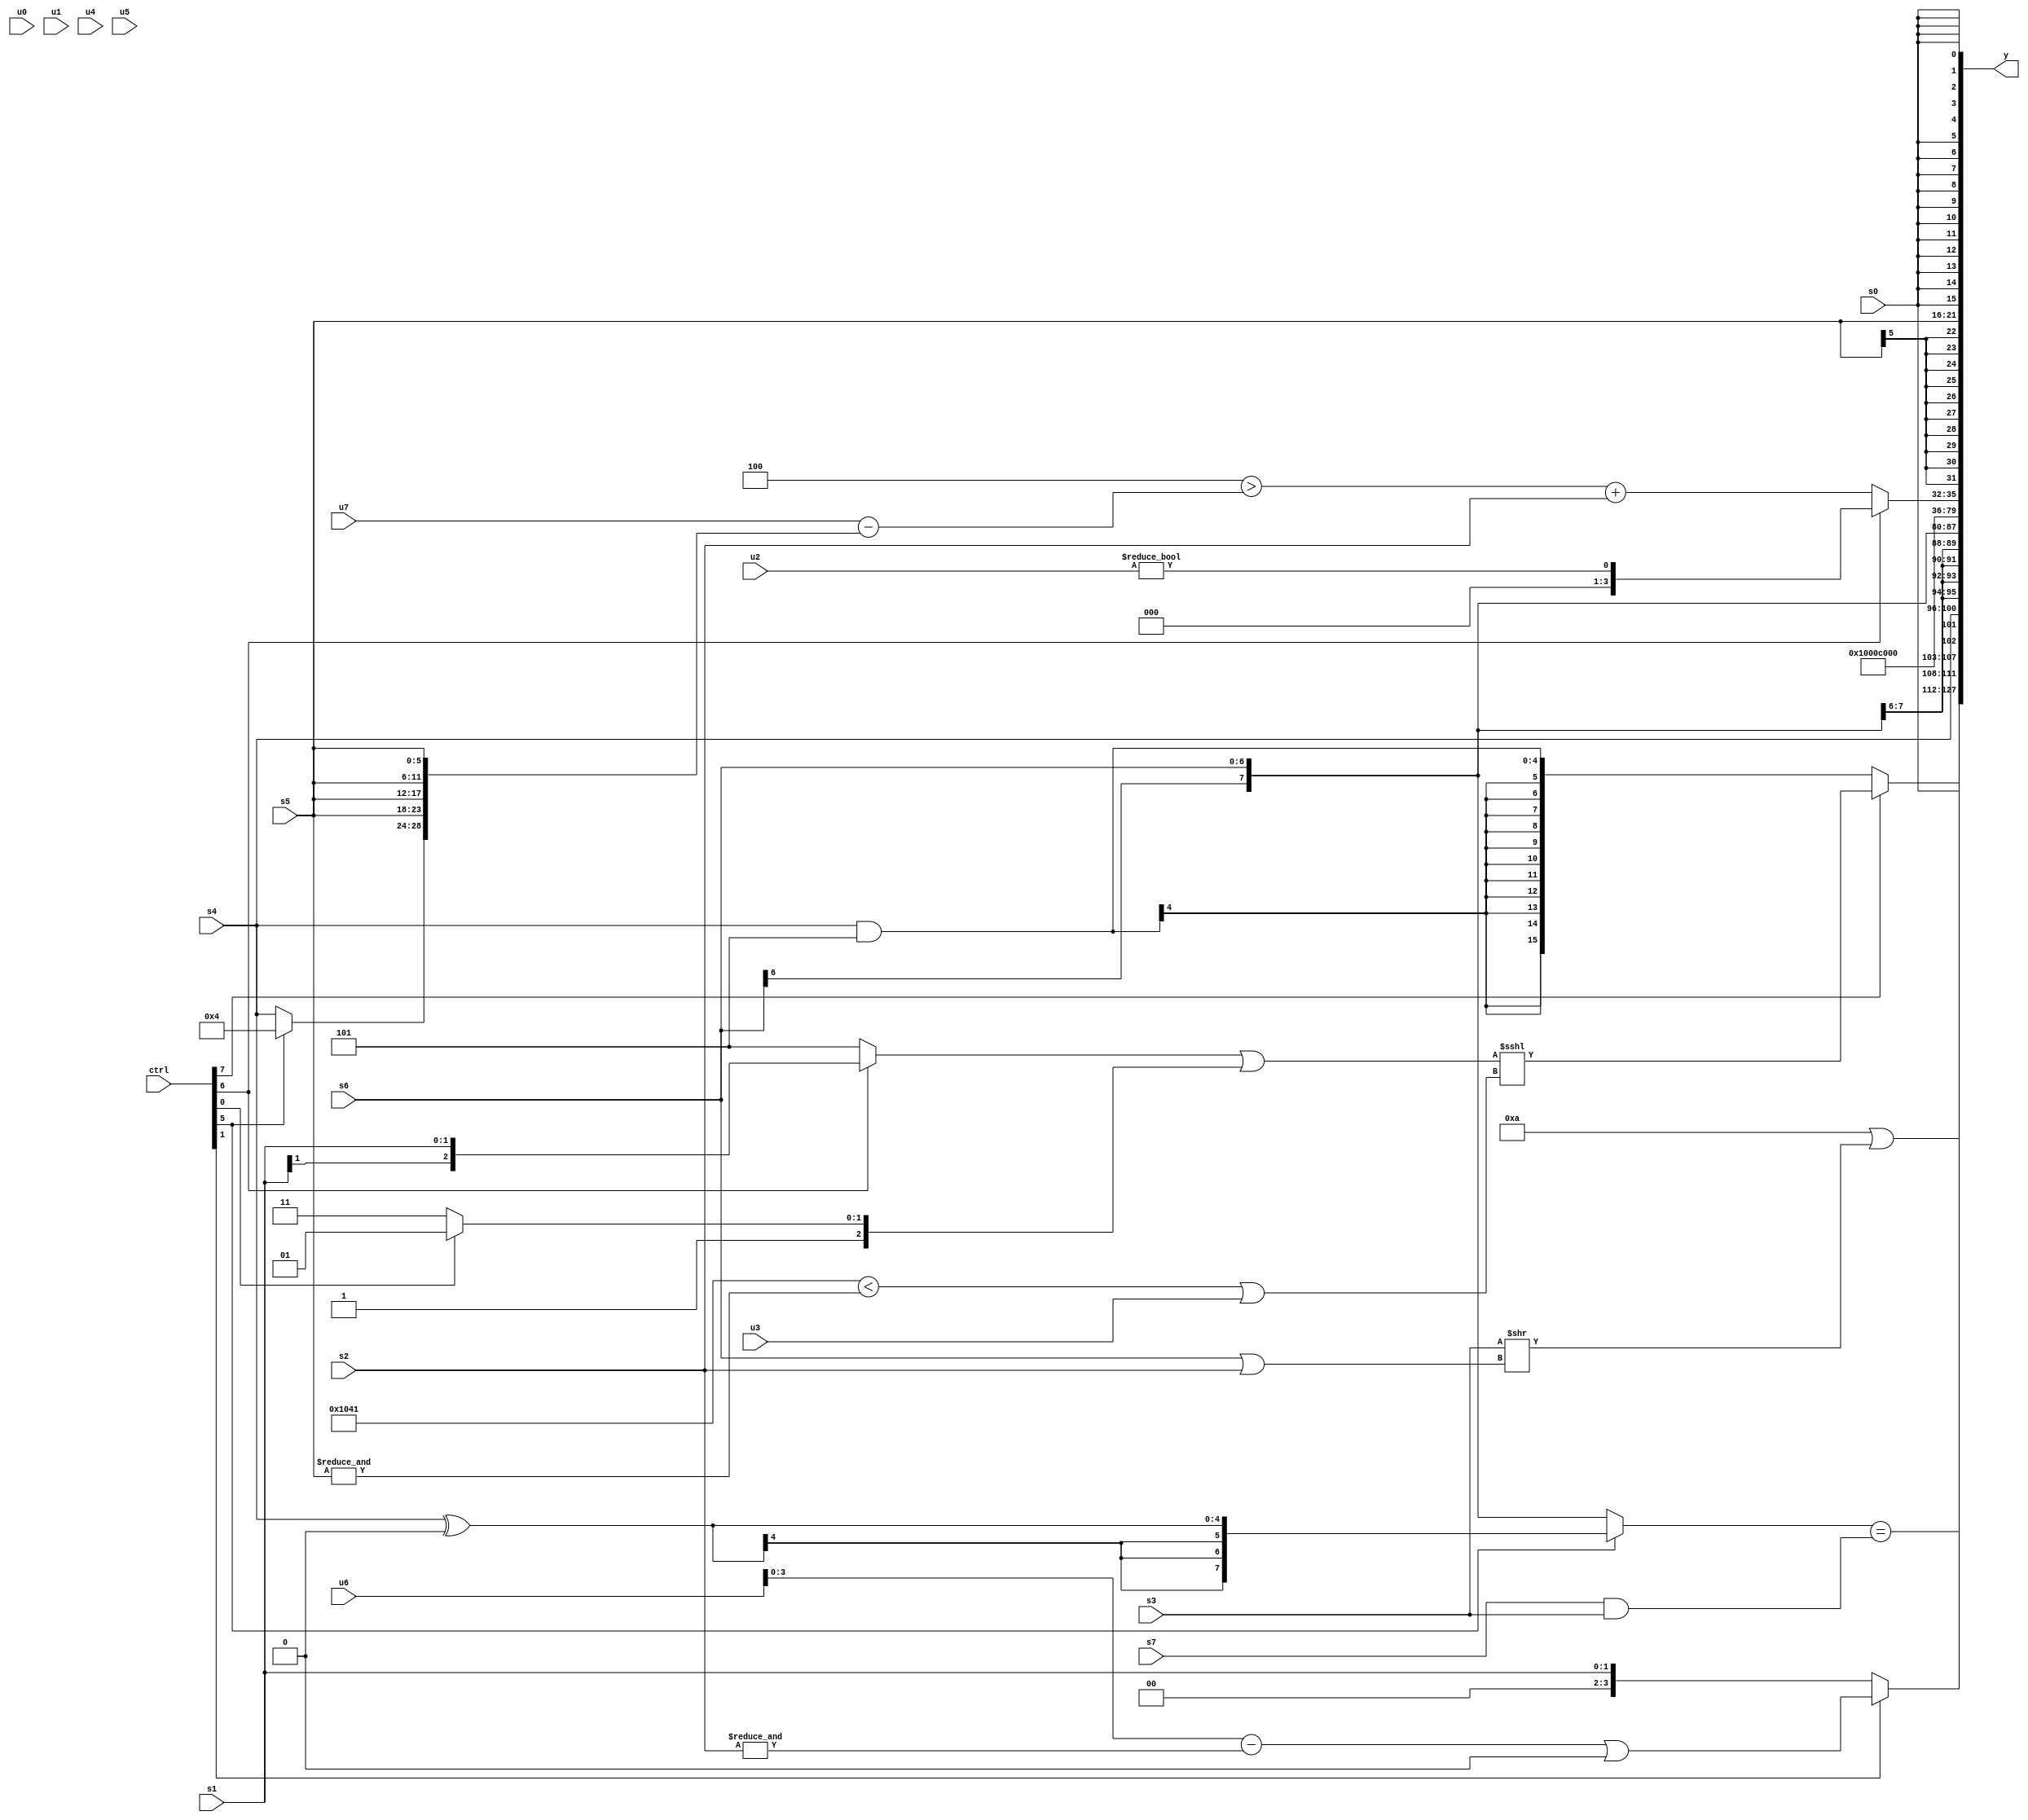
module wideexpr_00311(ctrl, u0, u1, u2, u3, u4, u5, u6, u7, s0, s1, s2, s3, s4, s5, s6, s7, y);
  input [7:0] ctrl;
  input [0:0] u0;
  input [1:0] u1;
  input [2:0] u2;
  input [3:0] u3;
  input [4:0] u4;
  input [5:0] u5;
  input [6:0] u6;
  input [7:0] u7;
  input signed [0:0] s0;
  input signed [1:0] s1;
  input signed [2:0] s2;
  input signed [3:0] s3;
  input signed [4:0] s4;
  input signed [5:0] s5;
  input signed [6:0] s6;
  input signed [7:0] s7;
  output [127:0] y;
  wire [15:0] y0;
  wire [15:0] y1;
  wire [15:0] y2;
  wire [15:0] y3;
  wire [15:0] y4;
  wire [15:0] y5;
  wire [15:0] y6;
  wire [15:0] y7;
  assign y = {y0,y1,y2,y3,y4,y5,y6,y7};
  assign y0 = (ctrl[7]?(($signed((ctrl[6]?s1:3'sb101)))|(+((ctrl[0]?5'sb11101:1'sb1))))<<<((({3{6'sb000001}})<(&(s5)))|(u3)):(s4)&(6'sb111101));
  assign y1 = {(ctrl[1]?((u6)-(&(s2)))|(($signed(3'sb010))<(6'sb101010)):s1),{($signed((5'b11010)|(1'sb0)))|((s3)>>((s6)|(s2))),+($signed(s0))},((ctrl[5]?($signed(s4))^($signed(1'sb0)):s6))==(+((s7)&(s3))),$signed({s4})};
  assign y2 = s6;
  assign y3 = -(1'sb1);
  assign y4 = 6'sb001100;
  assign y5 = (ctrl[6]?(~^(4'sb0100))!=(u2):((3'sb100)>((u7)-($unsigned($unsigned({(ctrl[5]?4'sb0100:s4),{4{s5}}})))))+(s2));
  assign y6 = s5;
  assign y7 = $signed(s0);
endmodule